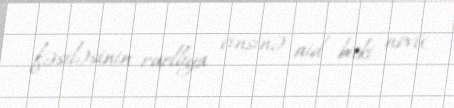
fəsiləsinin ruelliya cinsinə aid bitki növü.